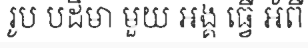
រូប បដិមា មួយ អង្គ ធ្វើ អំពី